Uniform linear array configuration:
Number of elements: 16
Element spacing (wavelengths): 0.25
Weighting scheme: blackman
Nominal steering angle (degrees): -30
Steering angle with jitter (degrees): -29.781
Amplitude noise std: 0.05
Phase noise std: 0.05

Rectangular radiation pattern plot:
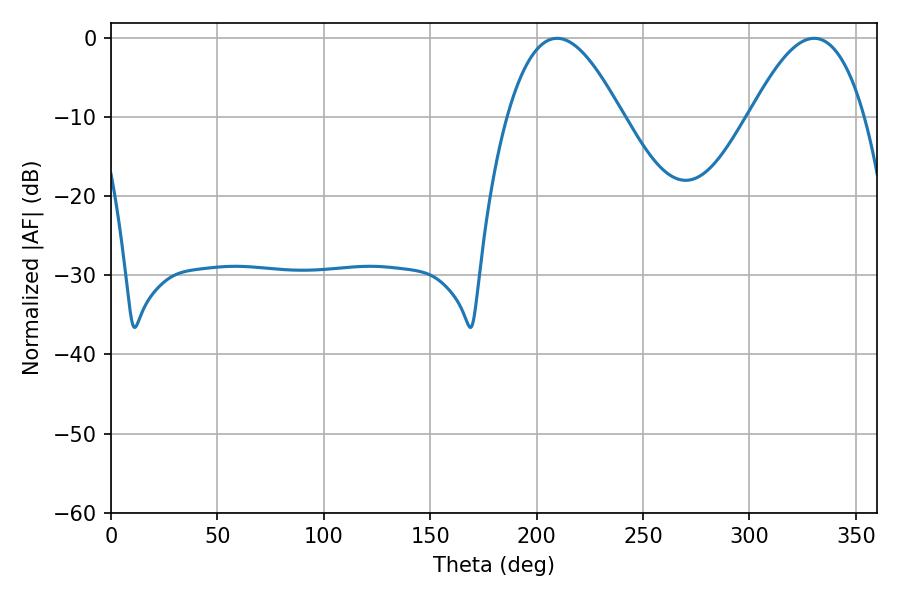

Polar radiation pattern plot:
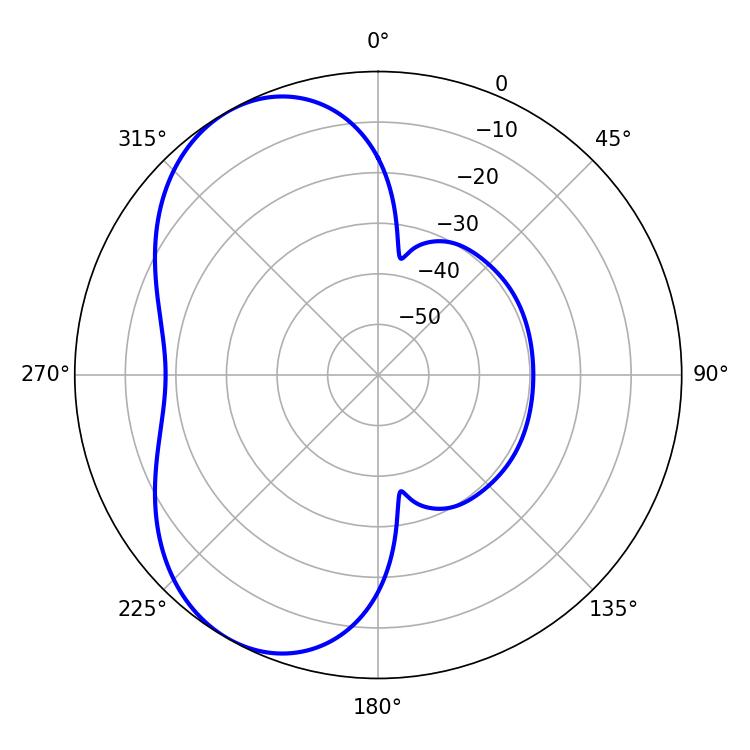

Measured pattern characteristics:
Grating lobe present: FALSE
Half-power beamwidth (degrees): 29.34
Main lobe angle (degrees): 209.52